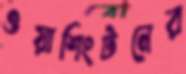
ওয়াশিংটনের